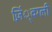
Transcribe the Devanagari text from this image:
ज़िं्वग्ली